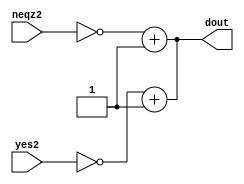
module COMPLEMENTOR(dout,neqz2,yes2);
input [31:0] neqz2,yes2;
output reg [31:0] dout;
assign dout = (~neqz2)+1;
assign dout = (~yes2)+1;
endmodule